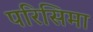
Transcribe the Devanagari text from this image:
परिसिमा